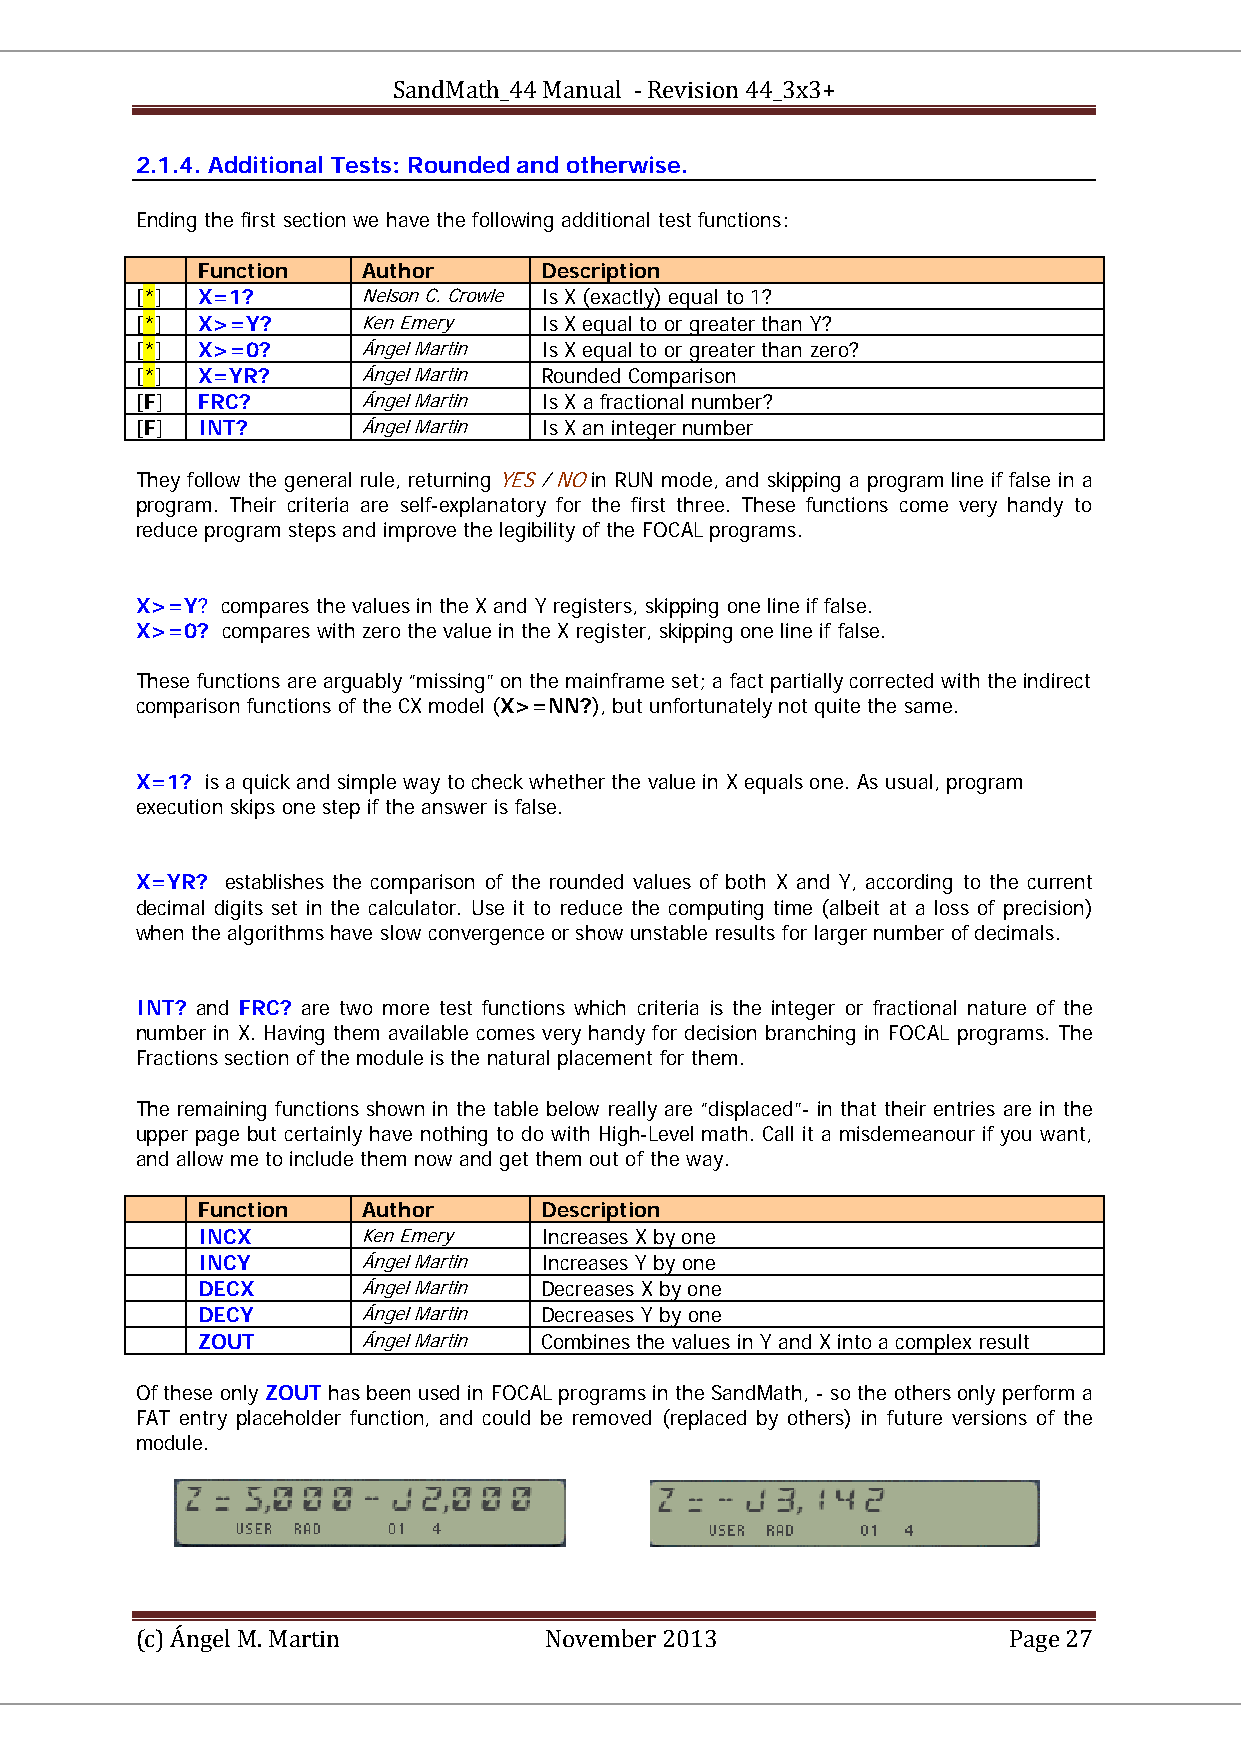
SandMath_44 Manual - Revision 44_3x3+
 2.1.4. Additional Tests: Rounded and otherwise.
 Ending the first section we have the following additional test functions:
 Function   Author      Description
 [*] X=1?       Nelson C. Crowle Is X (exactly) equal to 1?
 [*] X>=Y?      Ken Emery   Is X equal to or greater than Y?
 [*] X>=0?      Ángel Martin Is X equal to or greater than zero?
 [*] X=YR?      Ángel Martin Rounded Comparison
 [F] FRC?       Ángel Martin Is X a fractional number?
 [F] INT?       Ángel Martin Is X an integer number
 They follow the general rule, returning YES / NO in RUN mode, and skipping a program line if false in a
 program. Their criteria are self-explanatory for the first three. These functions come very handy to
 reduce program steps and improve the legibility of the FOCAL programs.
 X>=Y? compares the values in the X and Y registers, skipping one line if false.
 X>=0? compares with zero the value in the X register, skipping one line if false.
 These functions are arguably “missing” on the mainframe set; a fact partially corrected with the indirect
 comparison functions of the CX model (X>=NN?), but unfortunately not quite the same.
 X=1? is a quick and simple way to check whether the value in X equals one. As usual, program
 execution skips one step if the answer is false.
 X=YR? establishes the comparison of the rounded values of both X and Y, according to the current
 decimal digits set in the calculator. Use it to reduce the computing time (albeit at a loss of precision)
 when the algorithms have slow convergence or show unstable results for larger number of decimals.
 INT? and FRC? are two more test functions which criteria is the integer or fractional nature of the
 number in X. Having them available comes very handy for decision branching in FOCAL programs. The
 Fractions section of the module is the natural placement for them.
 The remaining functions shown in the table below really are “displaced”- in that their entries are in the
 upper page but certainly have nothing to do with High-Level math. Call it a misdemeanour if you want,
 and allow me to include them now and get them out of the way.
 Function   Author      Description
 INCX       Ken Emery   Increases X by one
 INCY       Ángel Martin Increases Y by one
 DECX       Ángel Martin Decreases X by one
 DECY       Ángel Martin Decreases Y by one
 ZOUT       Ángel Martin Combines the values in Y and X into a complex result
 Of these only ZOUT has been used in FOCAL programs in the SandMath, - so the others only perform a
 FAT entry placeholder function, and could be removed (replaced by others) in future versions of the
 module.
 (c) Ángel M. Martin        November 2013                  Page 27